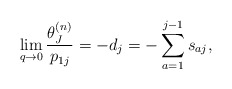
\begin{gather*}\lim_{q \rightarrow 0}{\theta_J^{(n)} \over p_{1j}}=-d_j=- \sum_{a=1}^{j-1} s_{aj},\end{gather*}